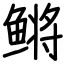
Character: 鳉